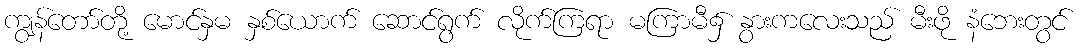
ကျွန်တော်တို့ မောင်နှမ နှစ်ယောက် ဆောင်ရွက် လိုက်ကြရာ မကြာမီ၌ နွားကလေးသည် မီးဖို နံဘေးတွင်